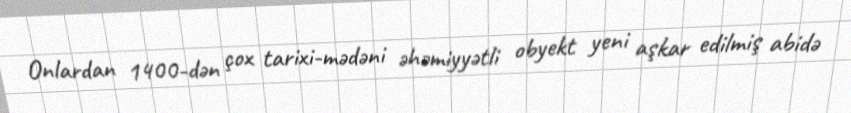
Onlardan 1400-dən çox tarixi-mədəni əhəmiyyətli obyekt yeni aşkar edilmiş abidə